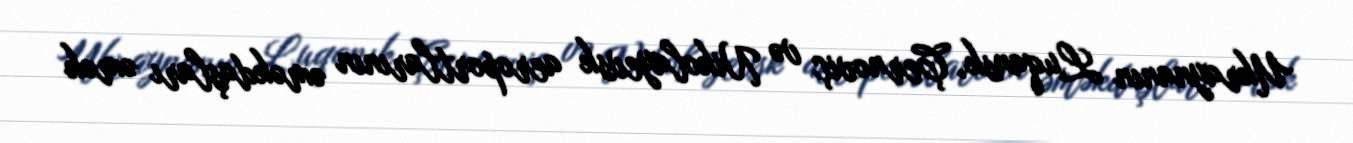
Ukraynanın Luqansk, Çernoviç və Nikolayevsk aeroportlarının əməkdaşları əmək